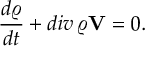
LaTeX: \frac { d \varrho } { d t } + d i v \, \varrho { \bf V } = 0 .